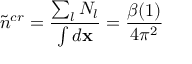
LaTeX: \tilde { n } ^ { c r } = \frac { \sum _ { l } N _ { l } } { \int d { \bf x } } = \frac { \beta ( 1 ) } { 4 \pi ^ { 2 } }